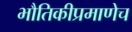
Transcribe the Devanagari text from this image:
भौतिकीप्रमाणेच